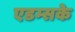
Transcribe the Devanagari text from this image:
एडम्सके